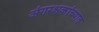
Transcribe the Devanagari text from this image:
अंगरक्षकांच्यात